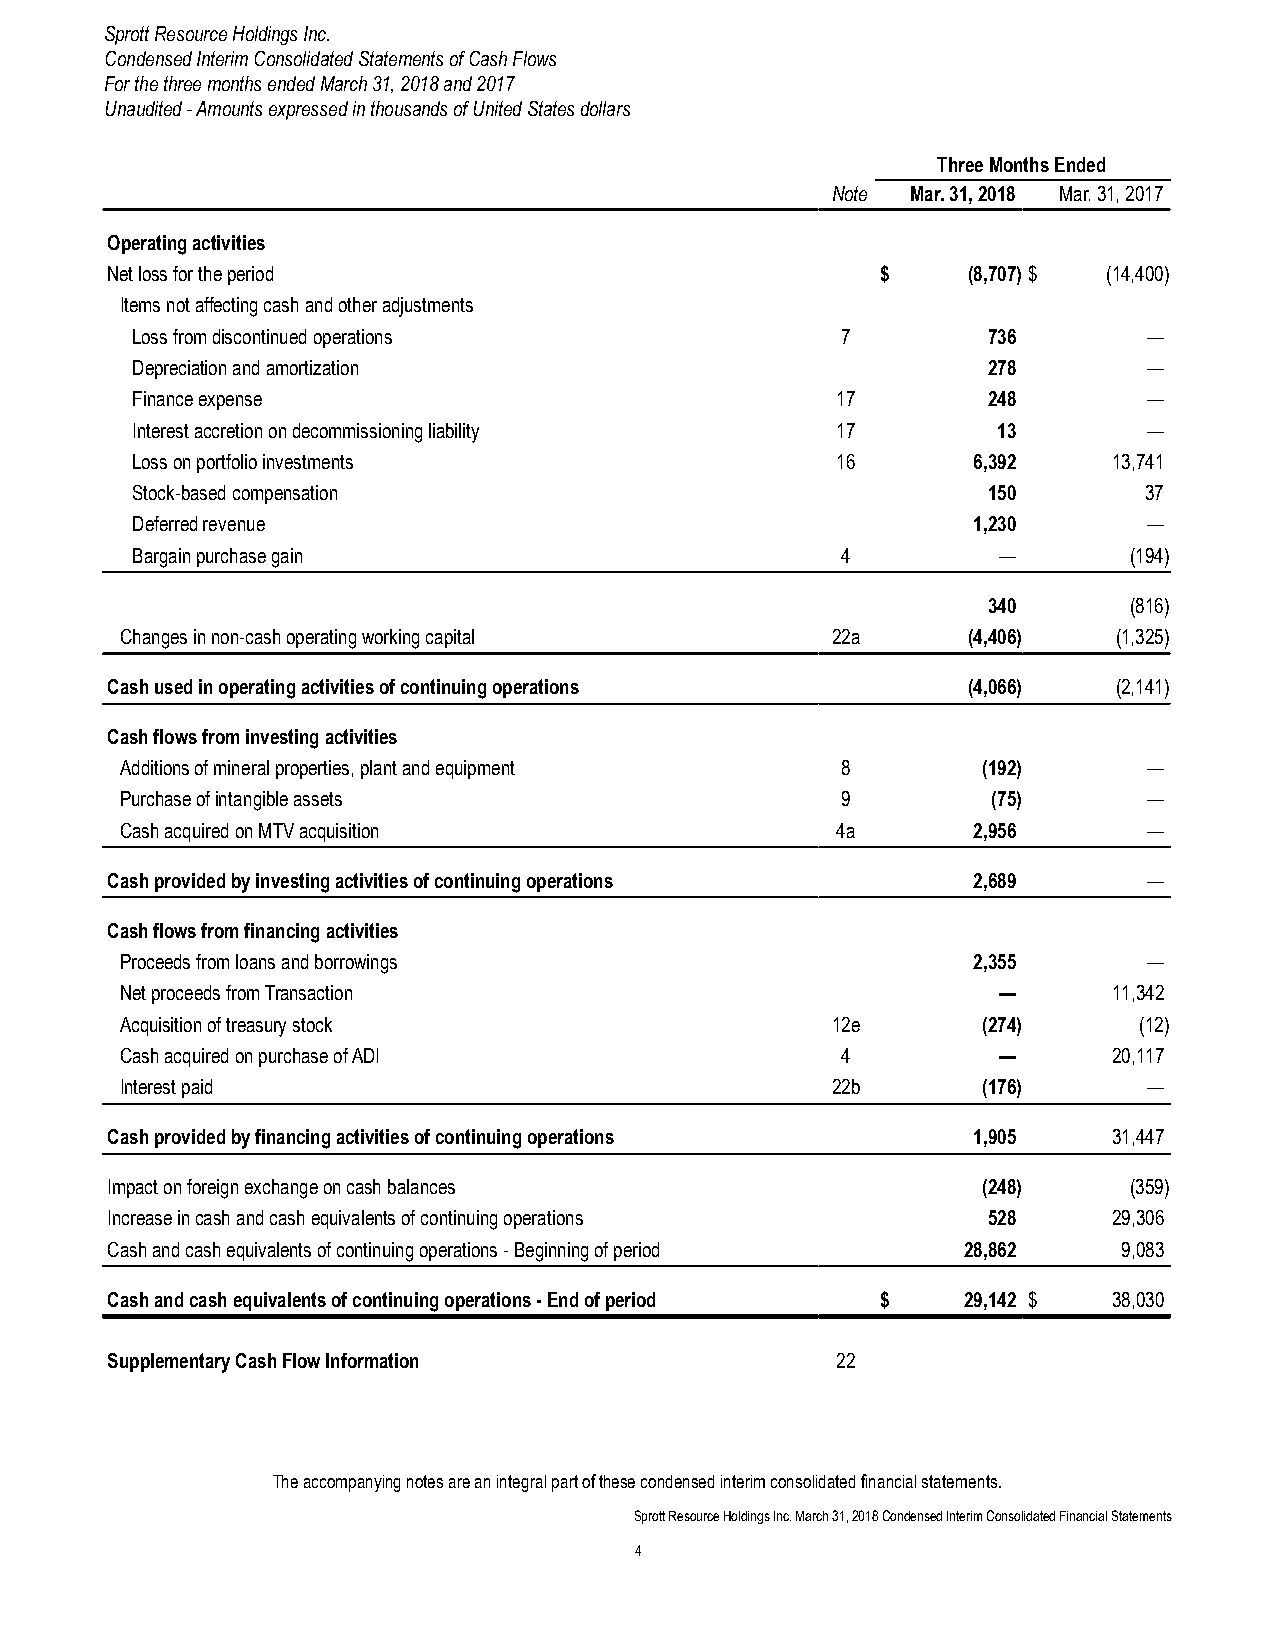
Sprott Resource Holdings Inc.
 Condensed Interim Consolidated Statements of Cash Flows
 For the three months ended March 31, 2018 and 2017
 Unaudited - Amounts expressed in thousands of United States dollars
 Three Months Ended
 Note Mar. 31, 2018 Mar. 31, 2017
 Operating activities
 Net loss for the period                            $     (8,707) $ (14,400)
 Items not affecting cash and other adjustments
 Loss from discontinued operations              7        736        —
 Depreciation and amortization                           278        —
 Finance expense                               17        248        —
 Interest accretion on decommissioning liability 17       13        —
 Loss on portfolio investments                 16       6,392     13,741
 Stock-based compensation                                150        37
 Deferred revenue                                       1,230       —
 Bargain purchase gain                          4         —        (194)
 340       (816)
 Changes in non-cash operating working capital  22a      (4,406)   (1,325)
 Cash used in operating activities of continuing operations (4,066) (2,141)
 Cash flows from investing activities
 Additions of mineral properties, plant and equipment 8   (192)      —
 Purchase of intangible assets                   9         (75)      —
 Cash acquired on MTV acquisition               4a       2,956       —
 Cash provided by investing activities of continuing operations 2,689 —
 Cash flows from financing activities
 Proceeds from loans and borrowings                      2,355       —
 Net proceeds from Transaction                             —       11,342
 Acquisition of treasury stock                  12e       (274)     (12)
 Cash acquired on purchase of ADI                4         —       20,117
 Interest paid                                  22b       (176)      —
 Cash provided by financing activities of continuing operations 1,905 31,447
 Impact on foreign exchange on cash balances               (248)     (359)
 Increase in cash and cash equivalents of continuing operations 528 29,306
 Cash and cash equivalents of continuing operations - Beginning of period 28,862 9,083
 Cash and cash equivalents of continuing operations - End of period $ 29,142 $ 38,030
 Supplementary Cash Flow Information             22
 The accompanying notes are an integral part of these condensed interim consolidated financial statements.
 Sprott Resource Holdings Inc. March 31, 2018 Condensed Interim Consolidated Financial Statements
 4